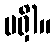
မရှိ)။